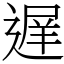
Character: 遅